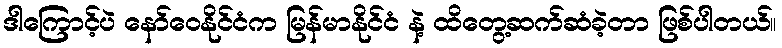
ဒါကြောင့်ပဲ နော်ဝေနိုင်ငံက မြန်မာနိုင်ငံ နဲ့ ထိတွေ့ဆက်ဆံခဲ့တာ ဖြစ်ပါတယ်။